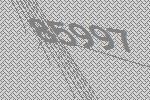
85997